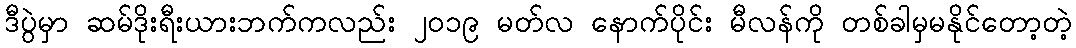
ဒီပွဲမှာ ဆမ်ဒိုးရီးယားဘက်ကလည်း ၂၀၁၉ မတ်လ နောက်ပိုင်း မီလန်ကို တစ်ခါမှမနိုင်တော့တဲ့